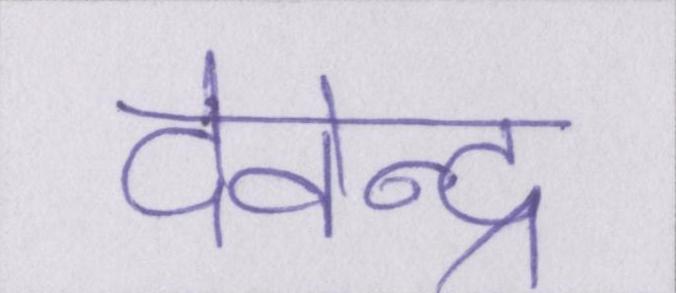
देवेन्द्र